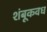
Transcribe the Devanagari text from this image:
शंबूकवध